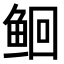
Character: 𫚔